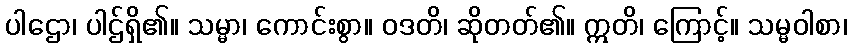
ပါဌော၊ ပါဌ်ရှိ၏။ သမ္မာ၊ ကောင်းစွာ။ ဝဒတိ၊ ဆိုတတ်၏။ ဣတိ၊ ကြောင့်။ သမ္မဝါစာ၊